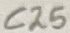
Text: C25